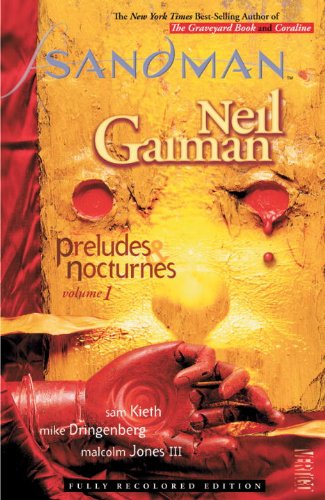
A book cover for The Sandman Vol. 1: Preludes & Nocturnes (New Edition); Neil Gaiman; Comics & Graphic Novels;